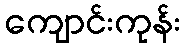
ကျောင်းကုန်း